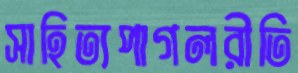
সাহিত্যপাগলরীতি